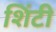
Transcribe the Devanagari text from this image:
शिंटी